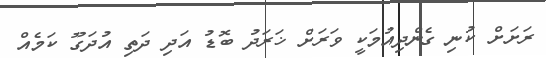
ރަށަށް ކުނި ގެންދިއުމަކީ ވަރަށް ޚަރަދު ބޮޑު އަދި ދަތި އުދަގޫ ކަމެއް